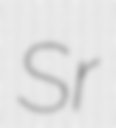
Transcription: Sr